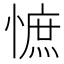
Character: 𢠫